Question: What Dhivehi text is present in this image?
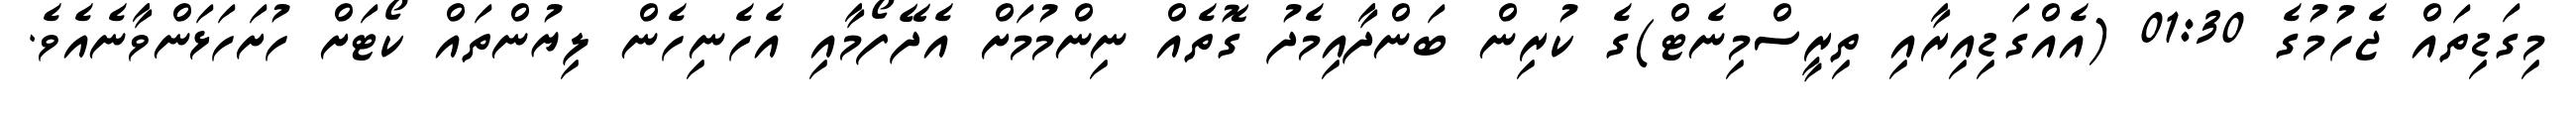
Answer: މިގަޑިތައް ޖެހުމުގެ 01:30 (އެއްގަޑިއިރާއި ތިރީސްމިނެޓް)ގެ ކުރިން ބަންދާއިމެދު ގޮތެއް ނިންމުމަށް އެދޭފޯމާއި އެހެނިހެން ލިޔުންތައް ކޯޓަށް ހުށަހަޅަންވާނެއެވެ.